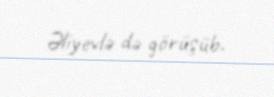
Əliyevlə də görüşüb.